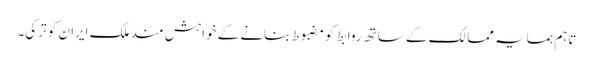
تاہم ہمسایہ ممالک کے ساتھ روابط کو مضبوط بنانے کے خواہش مند ملک ایران کو ترکی۔